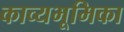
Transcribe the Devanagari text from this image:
काव्यभूमिका